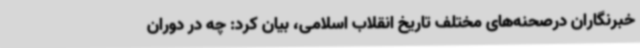
خبرنگاران درصحنه‌های مختلف تاریخ انقلاب اسلامی، بیان کرد: چه در دوران